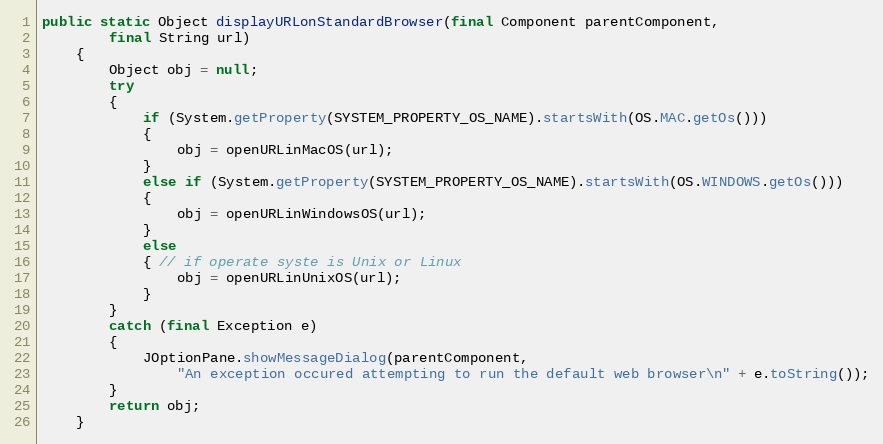
Language: Java
public static Object displayURLonStandardBrowser(final Component parentComponent,
		final String url)
	{
		Object obj = null;
		try
		{
			if (System.getProperty(SYSTEM_PROPERTY_OS_NAME).startsWith(OS.MAC.getOs()))
			{
				obj = openURLinMacOS(url);
			}
			else if (System.getProperty(SYSTEM_PROPERTY_OS_NAME).startsWith(OS.WINDOWS.getOs()))
			{
				obj = openURLinWindowsOS(url);
			}
			else
			{ // if operate syste is Unix or Linux
				obj = openURLinUnixOS(url);
			}
		}
		catch (final Exception e)
		{
			JOptionPane.showMessageDialog(parentComponent,
				"An exception occured attempting to run the default web browser\n" + e.toString());
		}
		return obj;
	}